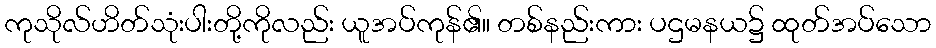
ကုသိုလ်ဟိတ်သုံးပါးတို့ကိုလည်း ယူအပ်ကုန်၏။ တစ်နည်းကား ပဌမနယ၌ ထုတ်အပ်သော